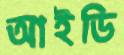
আইডি